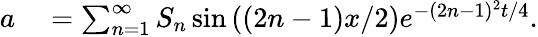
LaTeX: \begin{array}{rl}{a}&{{}=\sum_{n=1}^{\infty}S_{n}\sin\left((2n-1)x/2\right)e^{-(2n-1)^{2}t/4}.}\end{array}